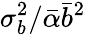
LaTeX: \sigma_{b}^{2}/\bar{\alpha}\bar{b}^{2}